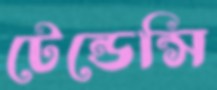
টেন্ডেন্সি